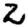
Digit: 2